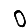
Digit: 0